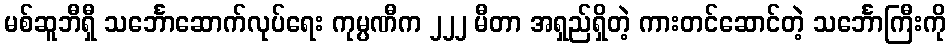
မစ်ဆူဘီရှီ သင်္ဘောဆောက်လုပ်ရေး ကုမ္ပဏီက ၂၂၂ မီတာ အရှည်ရှိတဲ့ ကားတင်ဆောင်တဲ့ သင်္ဘောကြီးကို